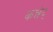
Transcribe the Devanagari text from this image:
कन्नेद्